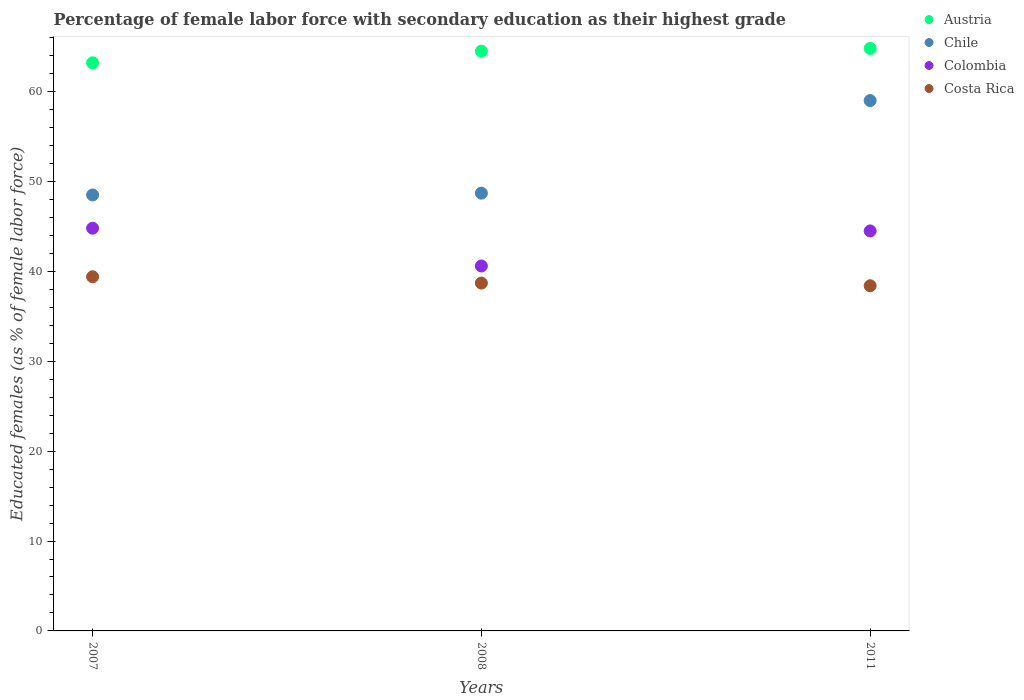
| Years | Austria | Chile | Colombia | Costa Rica |
 | --- | --- | --- | --- | --- |
 | 2007 | 63.2 | 48.5 | 44.8 | 39.4 |
 | 2008 | 64.5 | 48.7 | 40.6 | 38.7 |
 | 2011 | 64.8 | 59 | 44.5 | 38.4 |